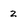
Character: z